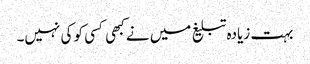
بہت زیادہ تبلیغ میں نے کبھی کسی کو کی نہیں۔